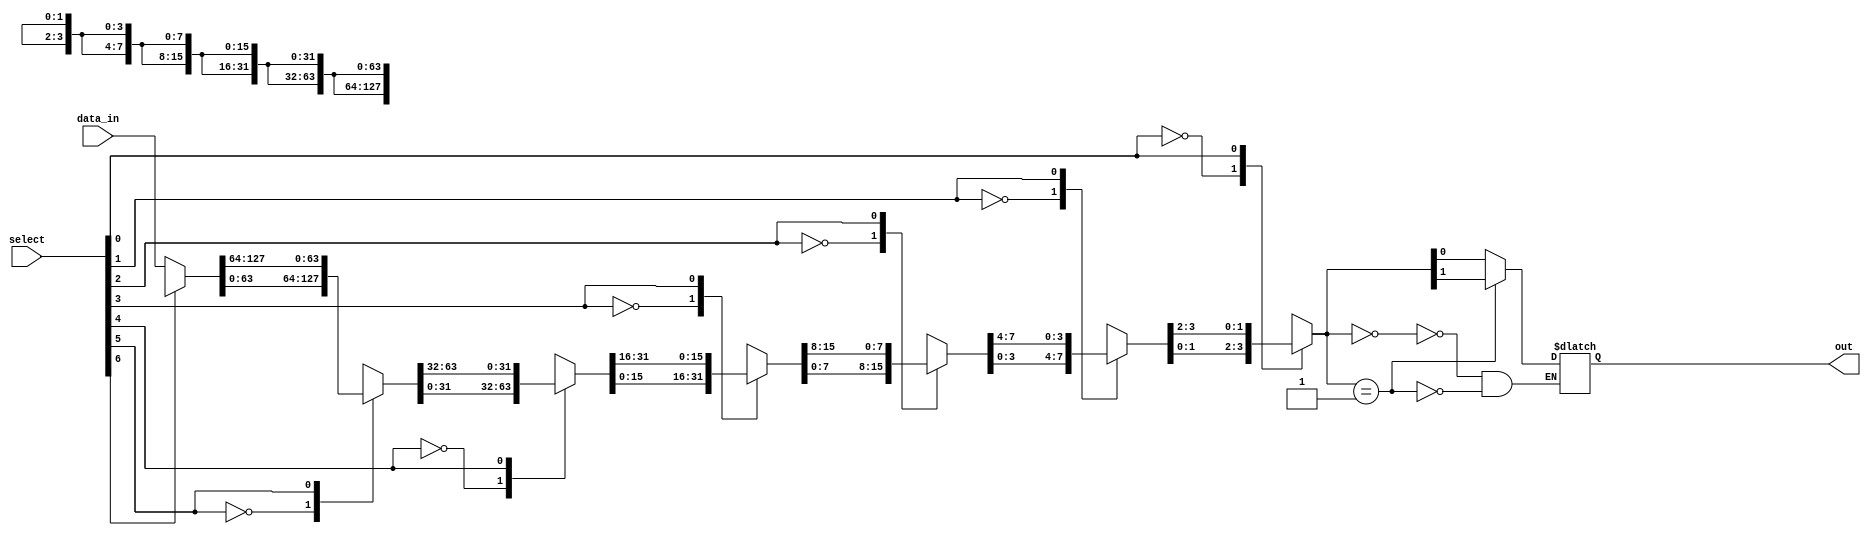
module multiplexer_128_to_1 (
    input [127:0] data_in,
    input [6:0] select,
    output reg out
);

reg [127:0] stage1_out;
reg [63:0] stage2_out;
reg [31:0] stage3_out;
reg [15:0] stage4_out;
reg [7:0] stage5_out;
reg [3:0] stage6_out;
reg [1:0] stage7_out;

// Stage 1
always @(*)
begin
    case(select[6])
        0: stage1_out = data_in[0:127];
        1: stage1_out = data_in[128:255];
    endcase
end

// Stage 2
always @(*)
begin
    case(select[5])
        0: stage2_out = stage1_out[0:63];
        1: stage2_out = stage1_out[64:127];
    endcase
end

// Stage 3
always @(*)
begin
    case(select[4])
        0: stage3_out = stage2_out[0:31];
        1: stage3_out = stage2_out[32:63];
    endcase
end

// Stage 4
always @(*)
begin
    case(select[3])
        0: stage4_out = stage3_out[0:15];
        1: stage4_out = stage3_out[16:31];
    endcase
end

// Stage 5
always @(*)
begin
    case(select[2])
        0: stage5_out = stage4_out[0:7];
        1: stage5_out = stage4_out[8:15];
    endcase
end

// Stage 6
always @(*)
begin
    case(select[1])
        0: stage6_out = stage5_out[0:3];
        1: stage6_out = stage5_out[4:7];
    endcase
end

// Stage 7
always @(*)
begin
    case(select[0])
        0: stage7_out = stage6_out[0:1];
        1: stage7_out = stage6_out[2:3];
    endcase
end

// Final output
always @(*)
begin
    case(stage7_out)
        0: out = stage7_out[0];
        1: out = stage7_out[1];
    endcase
end

endmodule